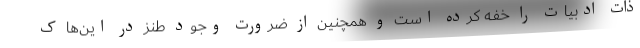
ذات ادبیات را خفه کرده است و همچنین از ضرورت وجود طنز در این‌ها ک